Annual report on the working of the lock hospitals in the North-Western Provinces and Oudh
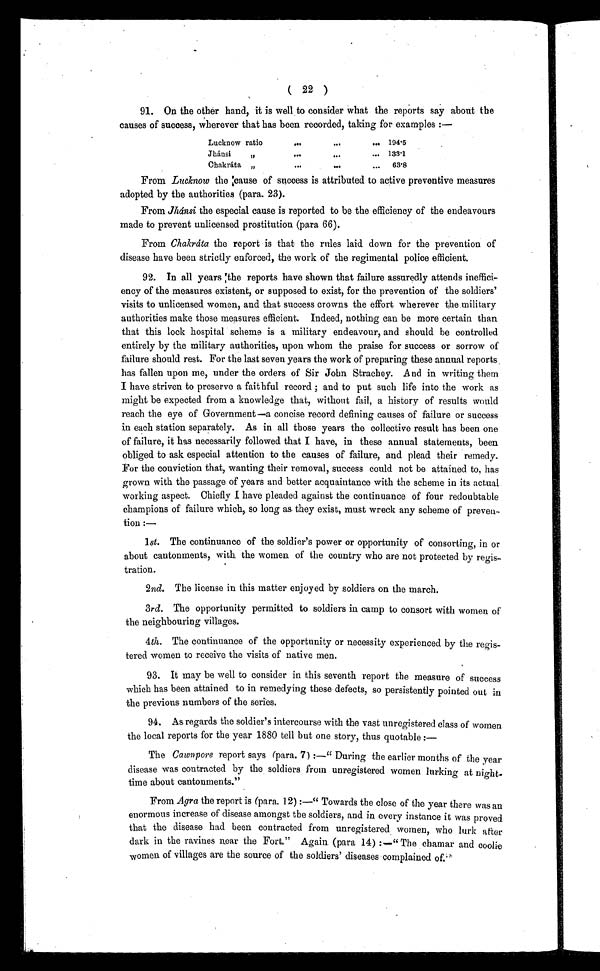
( 22 )
91. On the other hand, it is well to consider what the reports say about the
causes of success, wherever that has been recorded, taking for examples :—
Lucknow ratio
...
...
... 194.5
Jhánsi ...
. . .
...
133.1
Chakráta „
. . .
. . .
...
63.8
From Lucknow the cause of success is attributed to active preventive measures
adopted by the authorities (para. 23).
From Jhánsi the especial cause is reported to be the efficiency of the endeavours
made to prevent unlicensed prostitution (para 66).
From Chakráta the report is that the rules laid down for the prevention of
disease have been strictly enforced, the work of the regimental police efficient.
92. In all years the reports have shown that failure assuredly attends ineffici-
ency of the measures existent, or supposed to exist, for the prevention of the soldiers'
visits to unlicensed women, and that success crowns the effort wherever the military
authorities make those measures efficient. Indeed, nothing can be more certain than
that this lock hospital scheme is a military endeavour, and should be controlled
entirely by the military authorities, upon whom the praise for success or sorrow of
failure should rest. For the last seven years the work of preparing these annual reports.
has fallen upon me, under the orders of Sir John Strachey. And in writing them
I have striven to preserve a faithful record ; and to put such life into the work as
might be expected from a knowledge that, without fail, a history of results would
reach the eye of Government—a concise record defining causes of failure or success
in each station separately. As in all those years the collective result has been one
of failure, it has necessarily followed that I have, in these annual statements, been
obliged to ask especial attention to the causes of failure, and plead their remedy.
For the conviction that, wanting their removal, success could not be attained to, has
grown with the passage of years and better acquaintance with the scheme in its actual
working aspect. Chiefly I have pleaded against the continuance of four redoubtable
champions of failure which, so long as they exist, must wreck any scheme of preven-
tion :—
1 st. The continuance of the soldier's power or opportunity of consorting, in or
about cantonments, with the women of the country who are not protected by regis-
tration.
2nd. The license in this matter enjoyed by soldiers on the march.
3rd. The opportunity permitted to soldiers in camp to consort with women of
the neighbouring villages.
4th . The continuance of the opportunity or necessity experienced by the regis-
tered women to receive the visits of native men.
93. It may be well to consider in this seventh report the measure of success
which has been attained to in remedying these defects, so persistently pointed out in
the previous numbers of the series.
94. As regards the soldier's intercourse with the vast unregistered class of women
the local reports for the year 1880 tell but one story, thus quotable :—
The Cawpore report says (para. 7) :—" During the earlier months of the year
disease was contracted by the soldiers from unregistered women lurking at night.
time about cantonments."
•
From Agra the report is (para. 12) :—" Towards the close of the year there was an
enormous increase of disease amongst the soldiers, and in every instance it was proved
that the disease had been contracted from unregistered women, who lurk after
dark in the ravines near the Fort." Again. (para 14) :—" The chamar and coolie
women of villages are the source of the soldiers' diseases complained of.